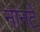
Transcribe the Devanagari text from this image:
नानटे